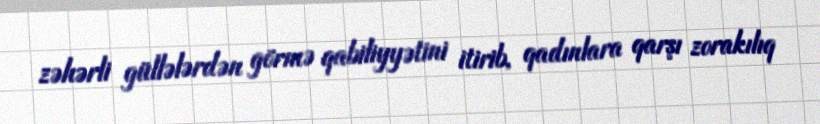
zəhərli güllələrdən görmə qabiliyyətini itirib, qadınlara qarşı zorakılıq